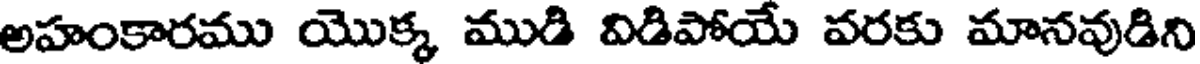
అహంకారము యొక్క ముడి విడిపోయే వరకు మానవుడిని